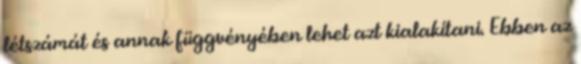
létszámát és annak függvényében lehet azt kialakítani. Ebben az